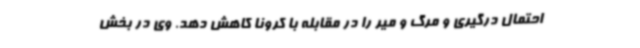
احتمال درگیری و مرگ و میر را در مقابله با کرونا کاهش دهد. وی در بخش